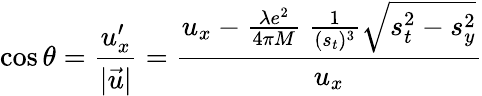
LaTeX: \cos\theta=\frac{u_{x}^{\prime}}{|\vec{u}|}=\frac{u_{x}-\frac{\lambda e^{2}}{4\pi M}\ \frac{1}{(s_{t})^{3}}\sqrt{s_{t}^{2}-s_{y}^{2}}}{u_{x}}